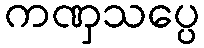
ကဏှသပ္ပေ